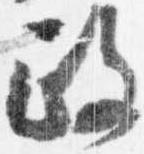
政